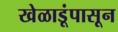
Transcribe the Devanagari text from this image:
खेळाडूंपासून